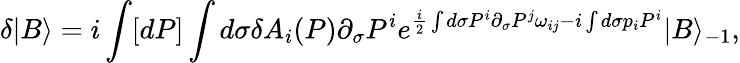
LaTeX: \delta|B\rangle=i\int[dP]\int d\sigma\delta A_{i}(P)\partial_{\sigma}P^{i}e^{\frac{i}{2}\int d\sigma P^{i}\partial_{\sigma}P^{j}\omega_{ij}-i\int d\sigma p_{i}P^{i}}|B\rangle_{-1},